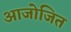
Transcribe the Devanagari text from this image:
आजोजित